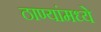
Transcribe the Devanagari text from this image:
ठाण्यांमध्ये